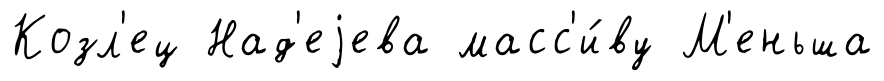
Козл'ец Над'еjева масс'и́ву М'еньша